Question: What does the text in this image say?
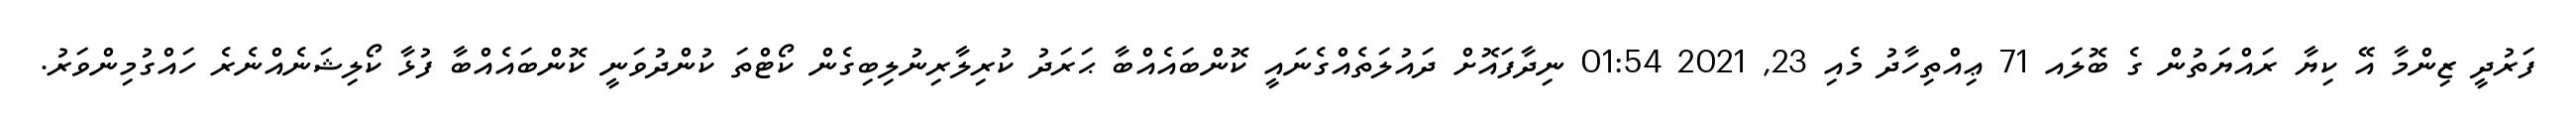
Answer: ފަރުދީ ޒިންމާ އޭ ކިޔާ ރައްޔަތުން ގެ ބޮލައ 71 ޢިއްތިހާދު މެއި 23, 2021 01:54 ނިދާފައޮށް ދައުލަތެއްގެނައީ ކޮންބައެއްބާ ޙަރަދު ކުރިލާރިނުލިބިގެން ކޯޓްތަ ކުންދުވަނީ ކޮންބައެއްބާ ފުޅާ ކޯލިޝަނެއްނެރެ ހައްގުމިންވަރު.